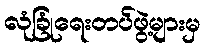
လုံခြုံရေးတပ်ဖွဲ့များမှ